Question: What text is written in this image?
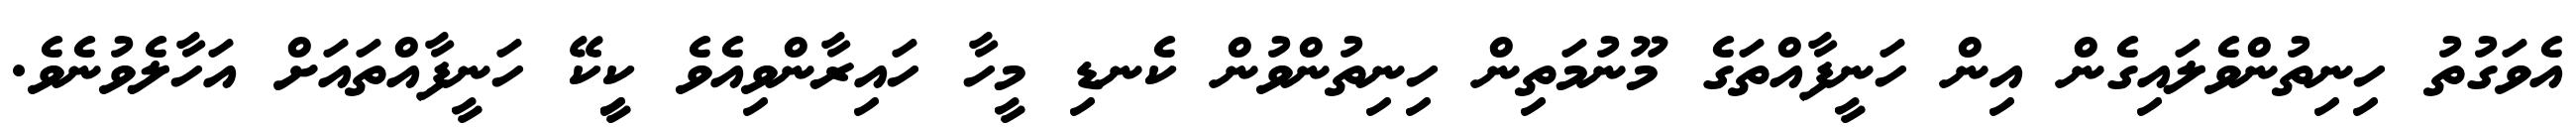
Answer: އެވަގުތު ހިނިތުންވެލައިގެން އިން ހަނީފާއްތަގެ މޫނުމަތިން ހިނިތުންވުން ކެނޑި މީހާ ހައިރާންވިއެވެ ކިީކޭ ހަނީފާއްތައަށް އަހާލެވުނެވެ.